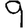
Digit: 9